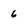
Character: 6